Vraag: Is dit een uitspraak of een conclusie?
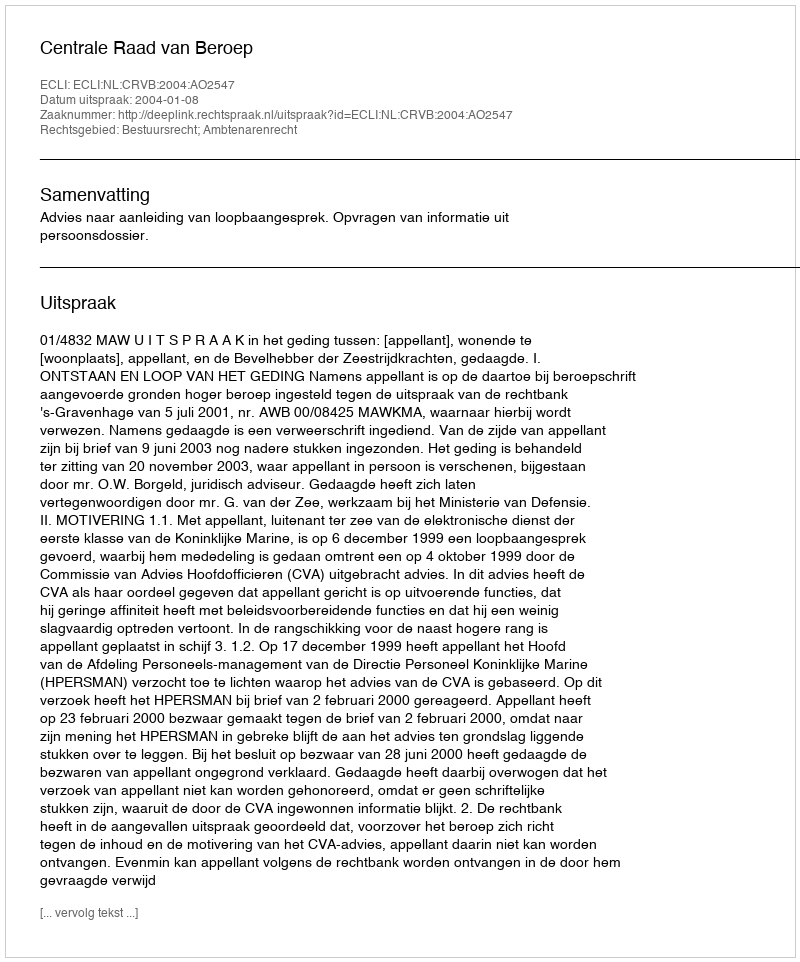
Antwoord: Uitspraak